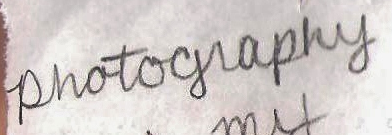
photoglaphy